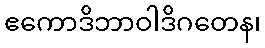
ဧကောဒိဘာဝါဒိဂတေန၊